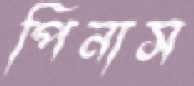
পিনাস